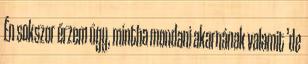
Én sokszor érzem úgy, mintha mondani akarnának valamit ’de